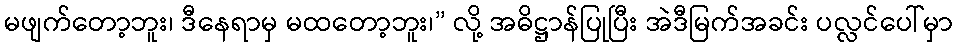
မဖျက်တော့ဘူး၊ ဒီနေရာမှ မထတော့ဘူး၊” လို့ အဓိဋ္ဌာန်ပြုပြီး အဲဒီမြက်အခင်း ပလ္လင်ပေါ်မှာ